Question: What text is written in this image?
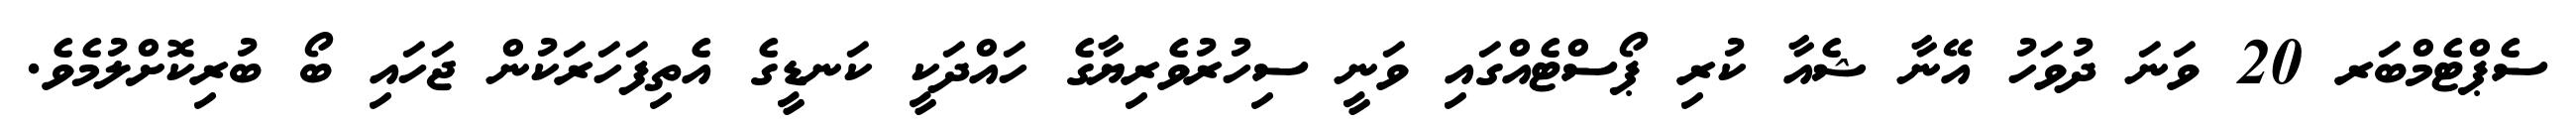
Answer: ސެޕްޓެމްބަރ 20 ވަނަ ދުވަހު އޭނާ ޝެއާ ކުރި ޕޯސްޓެއްގައި ވަނީ ސިހުރުވެރިޔާގެ ހައްދަކީ ކަނޑީގެ އެތިފަހަރަކުން ޖަހައި ބޯ ބުރިކޮށްލުމެވެ.